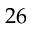
2 6